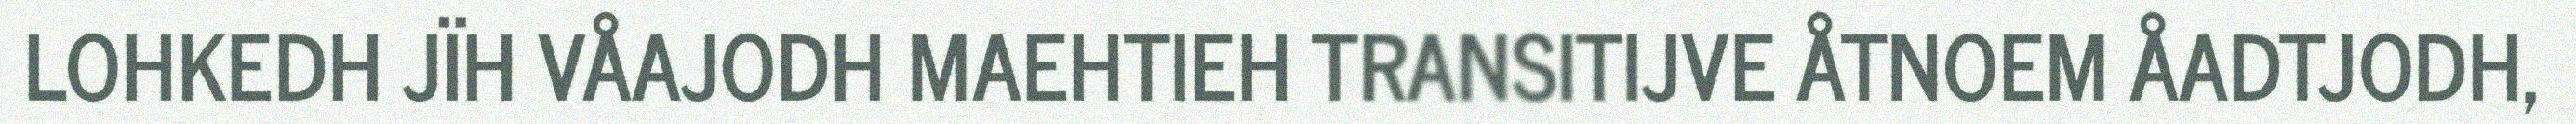
LOHKEDH JÏH VÅAJODH MAEHTIEH TRANSITIJVE ÅTNOEM ÅADTJODH,